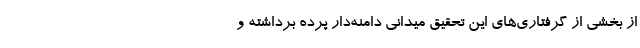
از بخشی از گرفتاری‌های این تحقیق میدانیِ دامنه‌دار پرده برداشته و